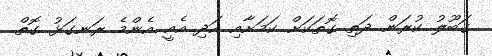
ގަބޫލު ކުރަން ދަތި ގޮތަކަށް ކަމަށާއި އަދި އެއީ އެންމެ ރަނގަޅު ގޮތް